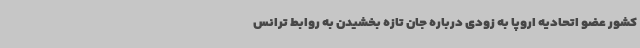
کشور عضو اتحادیه اروپا به زودی درباره جان تازه بخشیدن به روابط ترانس